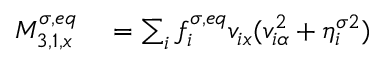
\begin{array} { r } { \begin{array} { r l } { M _ { 3 , 1 , x } ^ { \sigma , e q } } & { { } = \sum _ { i } f _ { i } ^ { \sigma , e q } v _ { i x } ( v _ { i \alpha } ^ { 2 } + \eta _ { i } ^ { \sigma 2 } ) } \end{array} } \end{array}